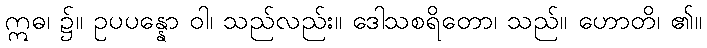
ဣဓ၊ ၌။ ဥပပန္နော ဝါ၊ သည်လည်း။ ဒေါသစရိတော၊ သည်။ ဟောတိ၊ ၏။